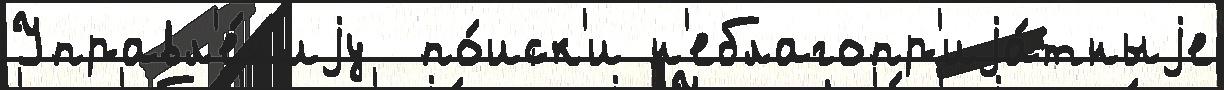
Управл'е́н'иjу  по́иск'и н'еблагопр'иjа́тныjе